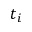
t _ { i }